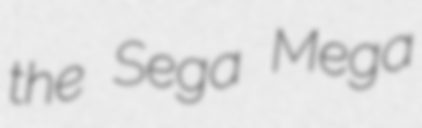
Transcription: the Sega Mega